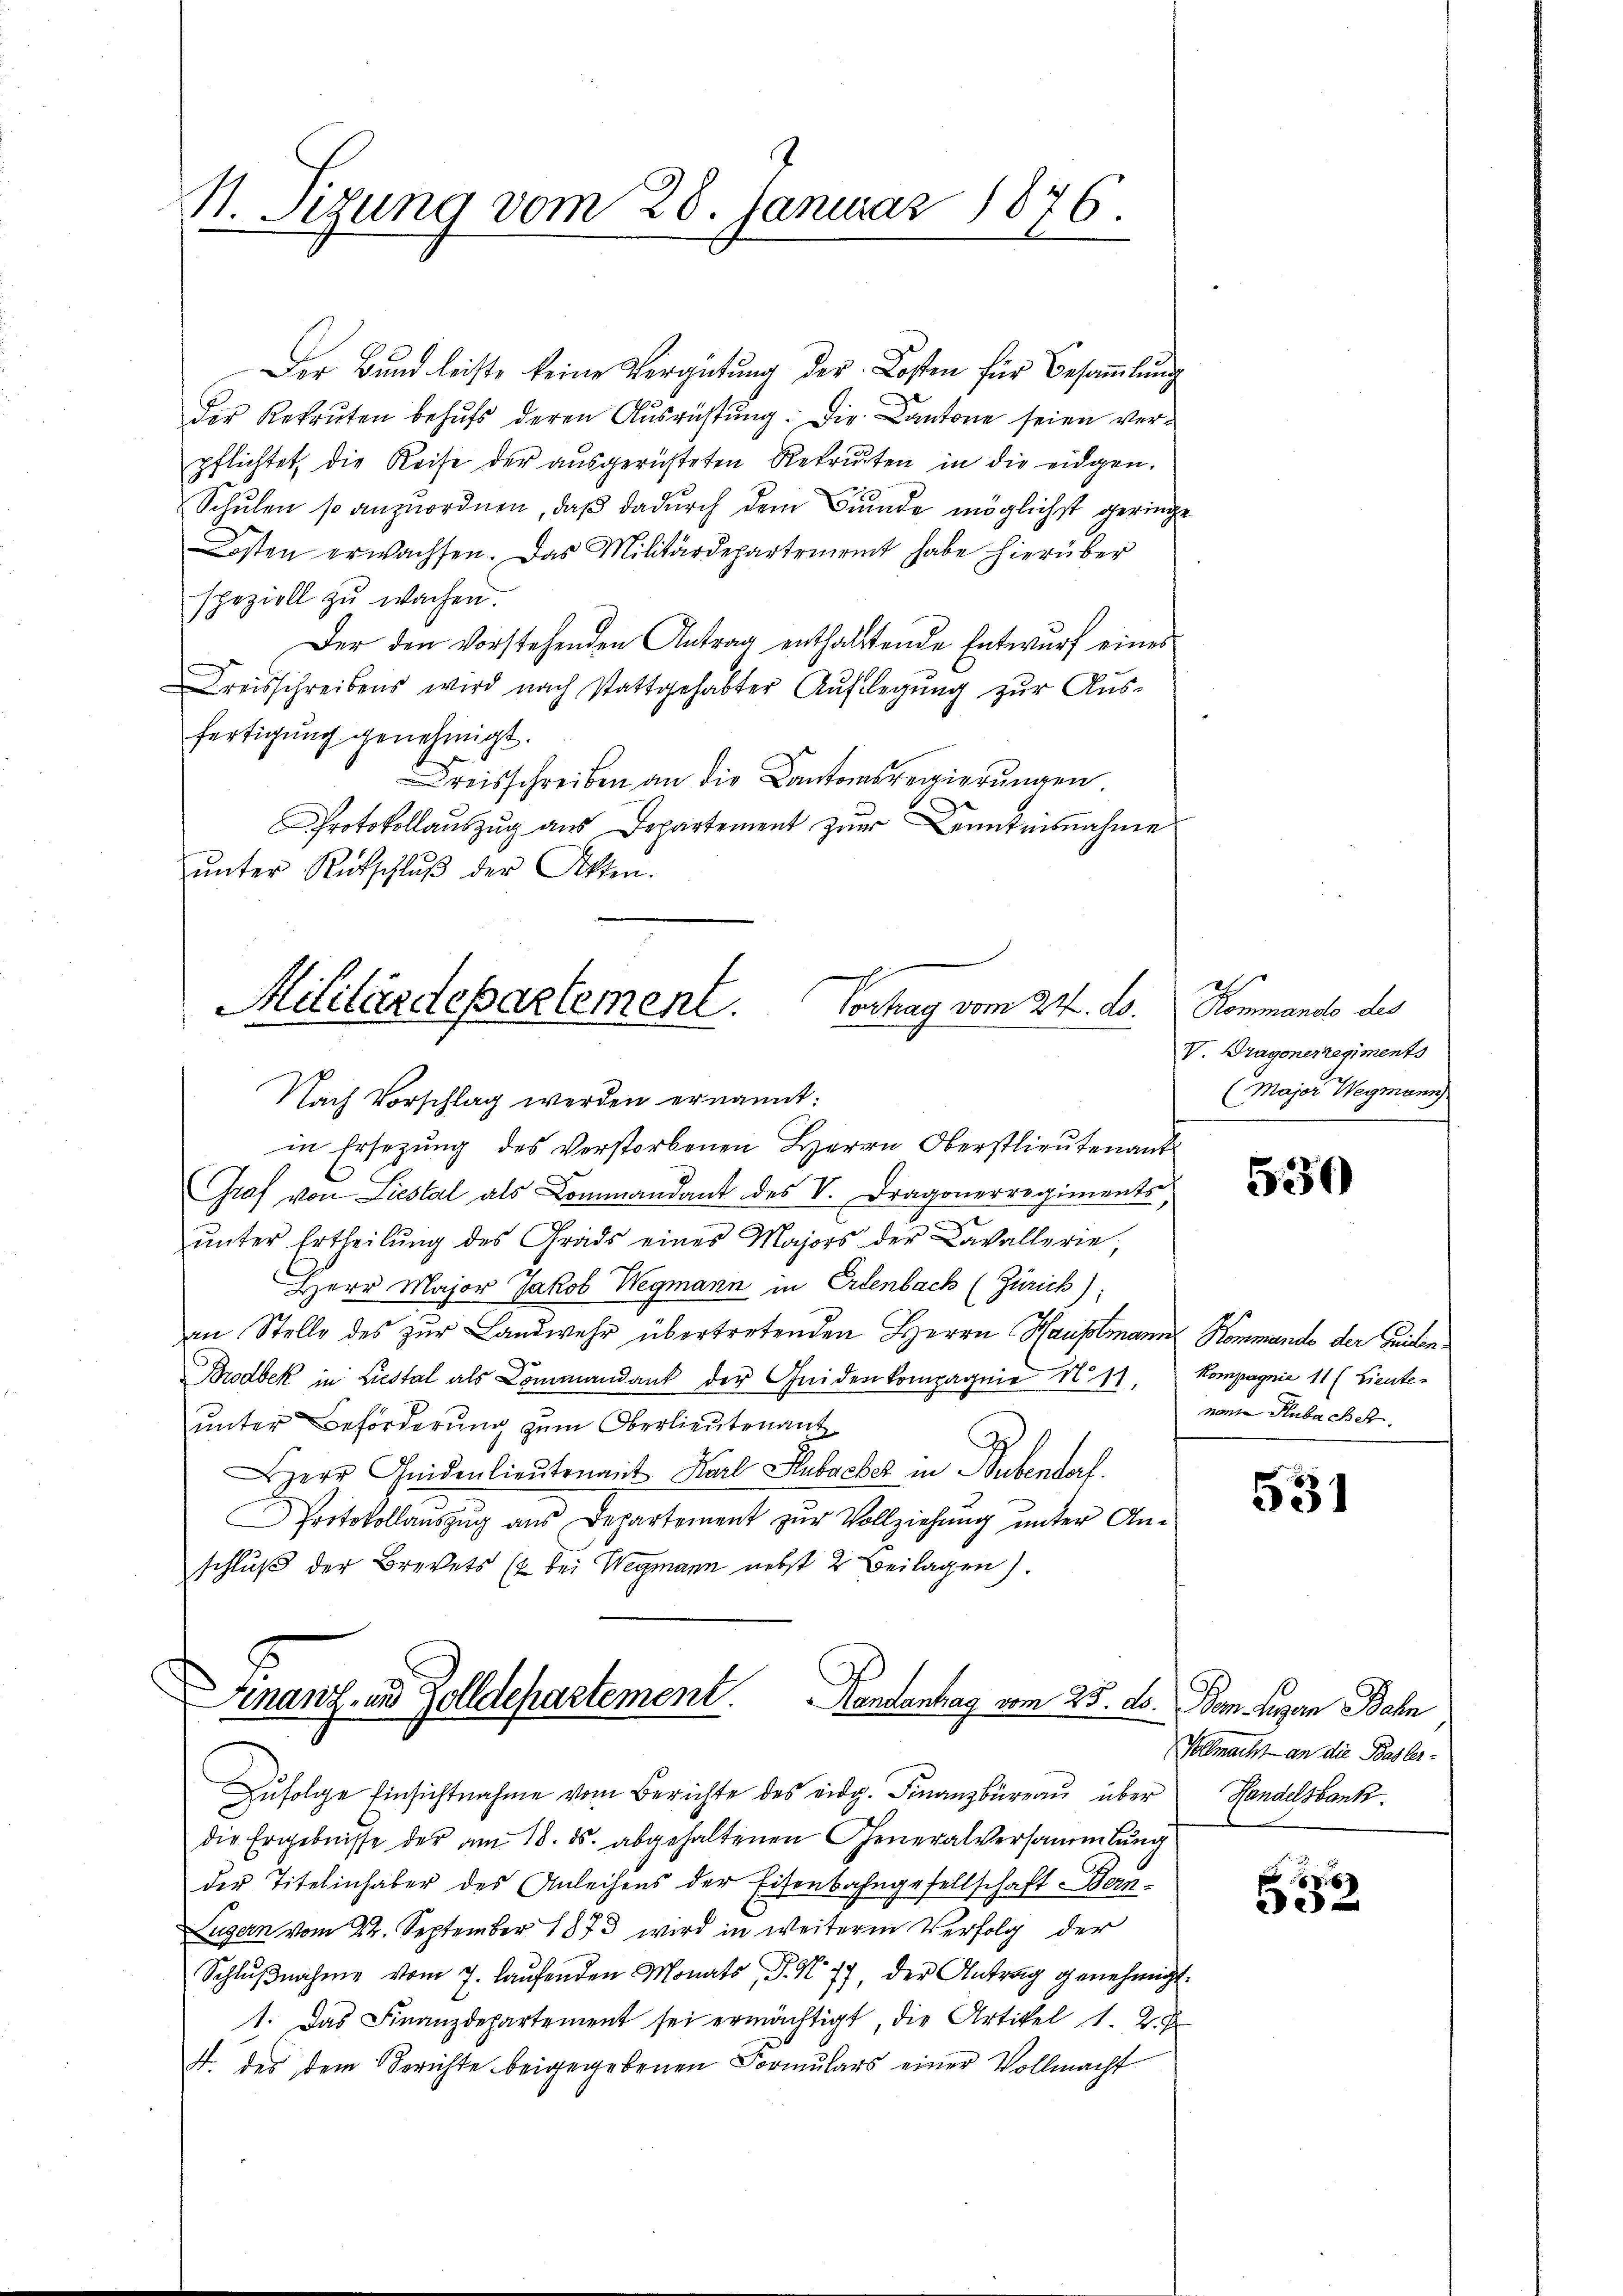
H. Sizung vom 28. Januar 1876.

Der Bund leiste keine Vergütung der Kosten für Besammlung
der Rekruten behŭfs deren Aŭsrüstŭng. Die Cantone seien ver-
pflichtet die Reise der ausgerichteten Rekruten in die eidgen.
Schulen so anzuordnen, daß dadurch dem Grunde möglichst geringe
Kosten erwachsen. Das Militärdepartement habe hierüber
speziell zu wachen.
Der den vorstehenden Antrag enthaltende Entwurf eines
Kreisschreibens wird nach stattgehabter Aŭflegŭng zŭr Aŭs-
fertigung genehmigt.
Kreisschreiben an die Cantonsregierungen.
Protokollauszug aus Departement zur Kenntnisnahme
ŭnter Rutschlŭβ der Akten.

Militärdepartement.
Verhag vom 24. d.
Nach Vorschlag werden ernannt:

Finanz- und Zolldepartement. Handantrag vom 25. ds.

in Ersezung des verstorbenen Herrn Oberstlieutenant
Graf von Liestal als Commandant des V. Dragonerregiments,
ŭnter Ertheilŭng des Grads eines Majors der Cavallerie,
Herr Major Jakob Wegmann in Erlenbach (Zürich)
an Stelle des zur Landwehr übertretenden Herrn Hauptmann Kommando der Mieten¬
Brodbek in Liestal als Commandant der Heiden kompagnie No. 11.
unter Beförderung zum Oberlieutenant
err Aidenlieŭtenant Karl Hubaeber in Bubendorf.
Protokollaŭszŭg aŭs Departement zŭr Vollziehŭng ŭnter An-
schluß der Brevets ( bei Wegmann nebst 2 Beilagen).

Zufolge Einsichtnahme vom Berichte des eidg. Finanzbüreau über
die Ergebnisse der am 18. ds. abgehaltenen Generalversammlung
der Titelinhaber des Anleihens der Eisenbahngesellschaft Bau¬
Lugern vom 24. September 1873 wird in weitere Verfolg der
Schlŭβnahme vom 7. laŭfenden Monats P. N. 77, der Antrag genehmigt.
1. Das Finanzdepartement sei ermächtigt, die Artikel 1. 2. F
f. des dem Berichte beigegebenen Formulars einer Vollmacht

Kommando des
V. Dragonerregiments
(Major Wegmann

530

Kompagnie 11 (Lieute
nant Hubachen.

531

Bom. Regen Bahn
Vollmacht an die Basler-
Handelsbank.

6
2